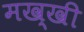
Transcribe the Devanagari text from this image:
मख्खी